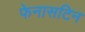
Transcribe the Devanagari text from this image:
फेनासटिन